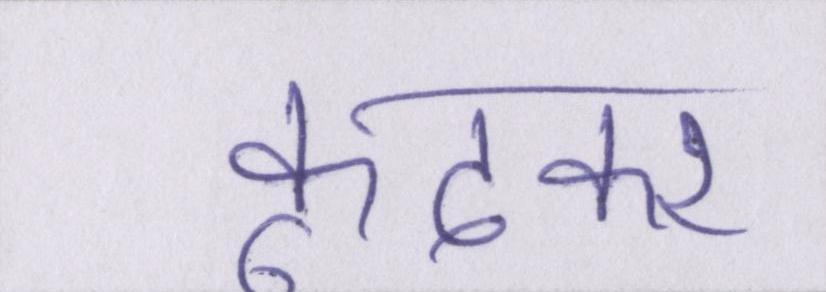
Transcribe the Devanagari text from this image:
कूदकर